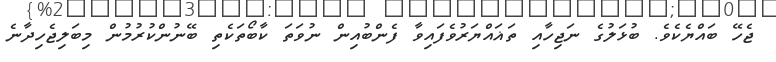
ޖެހޭ ބައްޔެކެވެ. ބުޅަލުގެ ނަޖިހާއި ތަޣައްޔަރުވެފައިވާ ފެންބުއިން ނުވަތަ ކާބޯތަކެތި ބޭނުންކުރުމުން މިބަލިޖެހިދާނެ